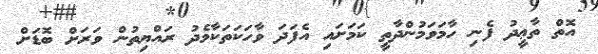
އޮތް ތާޢީދު ފެނި ހާމަވަމުންދާތީ ކަމަށައި އެފަދަ ވާހަކަތަކާމެދު ރައްޔިތުން ވަރަށް ބޮޑަށް